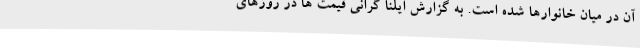
آن در میان خانوارها شده است. به گزارش ایلنا گرانی قیمت ها در روزهای